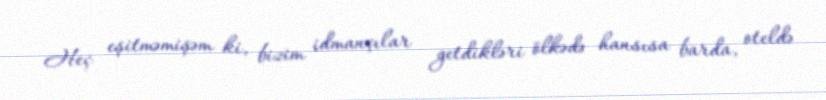
Heç eşitməmişəm ki, bizim idmançılar getdikləri ölkədə hansısa barda, oteldə